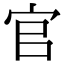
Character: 官